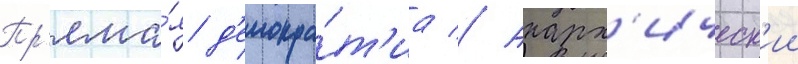
Пр'яма́я д'емокра́т'иа // Анарх'ическ'ии